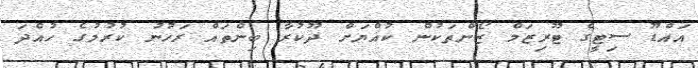
އައްޑޫ ސިޓީގެ ޓޫރިޒަމް ޒޯންތަކުން ކުއްޔަށް ދޫކުރާ ބިންތައް ރަހުނު ކުރުމުގެ ހުއްދަ